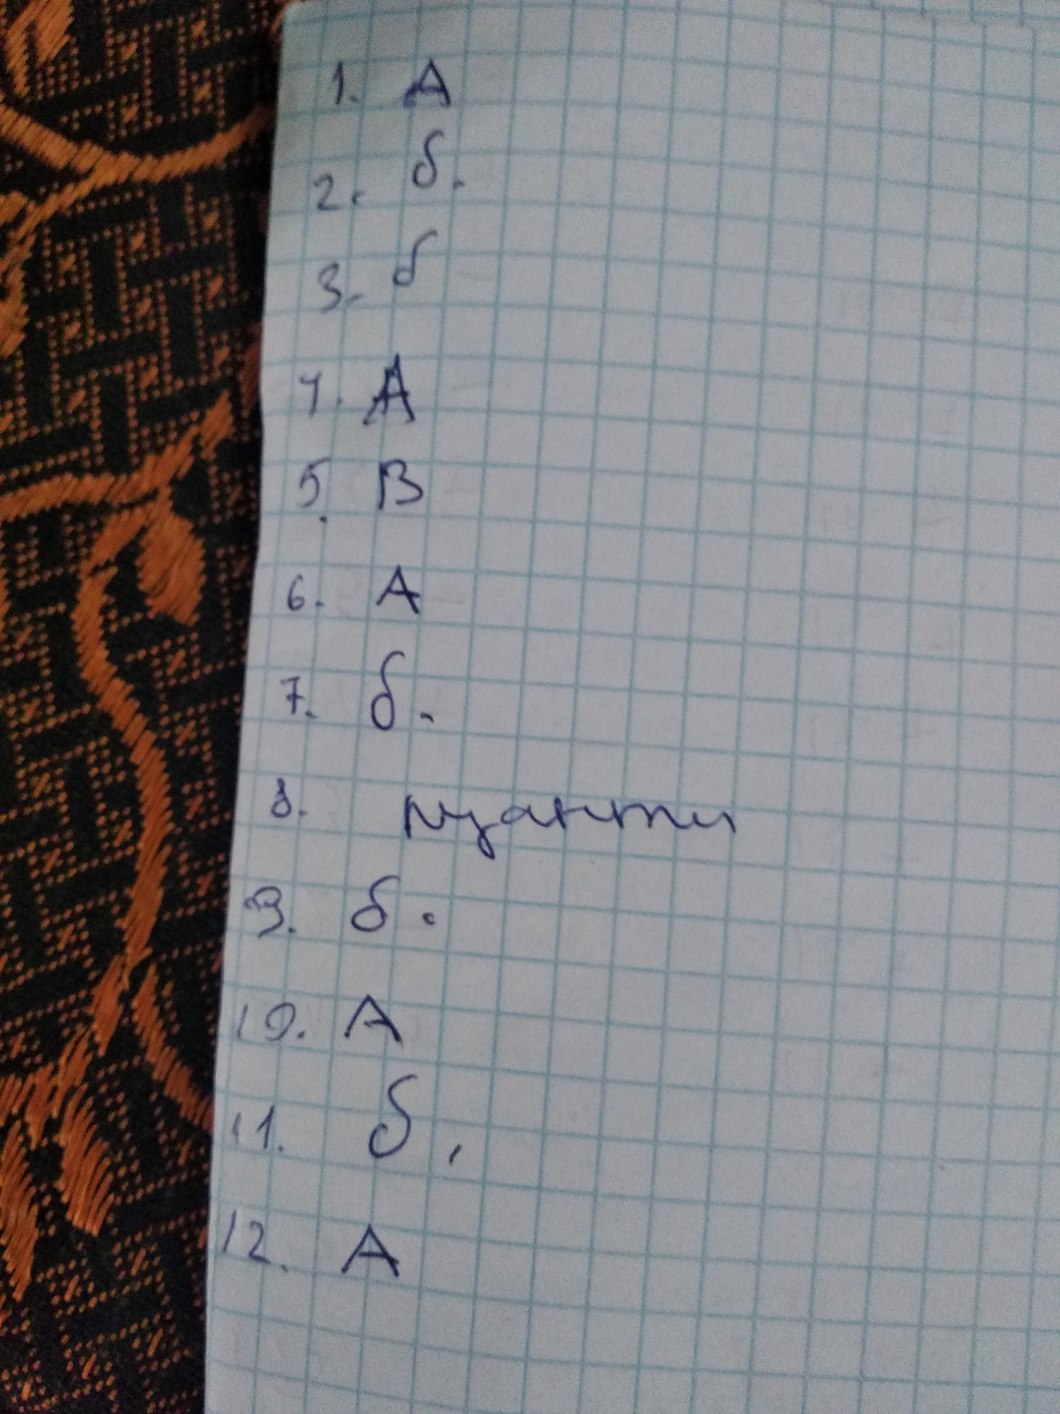
1. A
2. б.
3. б
4. A
5. B
6. A
7. б.
8. пуанти
9. б.
10. A
11. б;
12. A